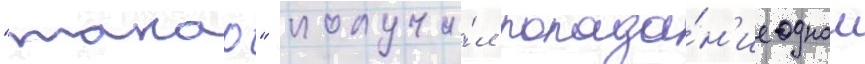
"такао" получи́л попада́н'ие однои